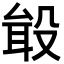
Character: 𪵎